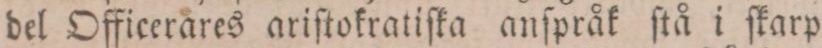
del Officerares ariſtokratiſka anſpråk ſtå i ſkarp